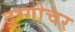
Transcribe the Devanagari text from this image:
द्रुग्गोचर